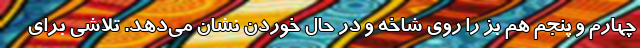
چهارم و پنجم هم بز را روی شاخه و در حال خوردن نشان می‌دهد. تلاشی برای